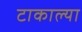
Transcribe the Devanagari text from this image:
टाकाल्या